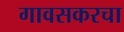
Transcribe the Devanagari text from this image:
गावसकरचा